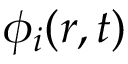
\phi _ { i } ( \boldsymbol { r } , t )